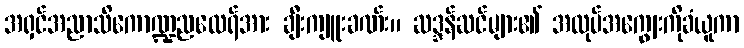
အရှင်အညာသိကောဏ္ဍညထေရ်အား ချီးကျူးခဏ်း။ ဆဒ္ဒန်ဆင်များ၏ အလုပ်အကျွေးကိုခံယူကာ